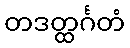
တဒတ္ထင်္ဂတံ